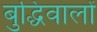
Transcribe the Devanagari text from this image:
बुद्धिवालों